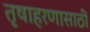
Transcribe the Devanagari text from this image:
तृषाहरणासाठीं